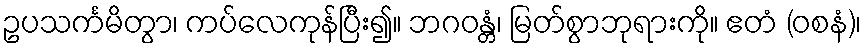
ဥပသင်္ကမိတွာ၊ ကပ်လေကုန်ပြီး၍။ ဘဂဝန္တံ၊ မြတ်စွာဘုရားကို။ ဧတံ (ဝစနံ)၊